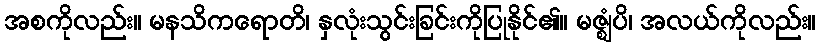
အစကိုလည်း။ မနသိကရောတိ၊ နှလုံးသွင်းခြင်းကိုပြုနိုင်၏။ မဇ္ဈံပိ၊ အလယ်ကိုလည်း။